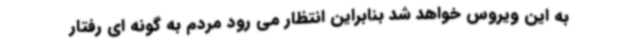
به این ویروس خواهد شد بنابراین انتظار می رود مردم به گونه ای رفتار